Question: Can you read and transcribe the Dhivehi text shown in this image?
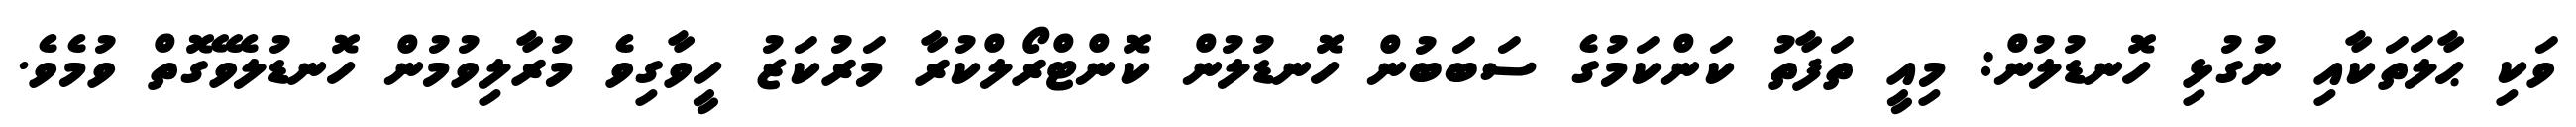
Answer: ވަކި ޙާލަތަކާއި ނުގުޅި ހޮނޑުލުން: މިއީ ތަފާތު ކަންކަމުގެ ސަބަބުން ހޮނޑުލުން ކޮންޓްރޯލްކުރާ މަރުކަޒު ހީވާގިވެ މުރާލިވުމުން ހޮނޑުލެވޭގޮތް ވުމެވެ.